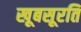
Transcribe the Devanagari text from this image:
खूबसूरति